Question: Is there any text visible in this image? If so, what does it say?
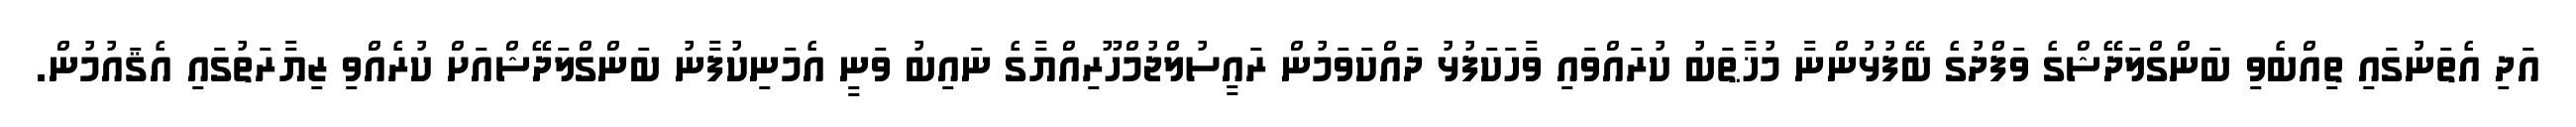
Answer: އަދި އެތަނުގައި ތިއްބެވި ބަންގްލަދޭޝްގެ ވަފްދުގެ ބޭފުޅުންނާ މުޚާޠަބު ކުރައްވައި ވާހަކަފުޅު ދައްކަވަމުން ރައީސުލްޖުމްހޫރިއްޔާގެ ނައިބު ވަނީ އެމަނިކުފާނު ބަންގްލަދޭޝްއަށް ކުރެއްވި ޒިޔާރަތުގައި އެޤައުމުން.